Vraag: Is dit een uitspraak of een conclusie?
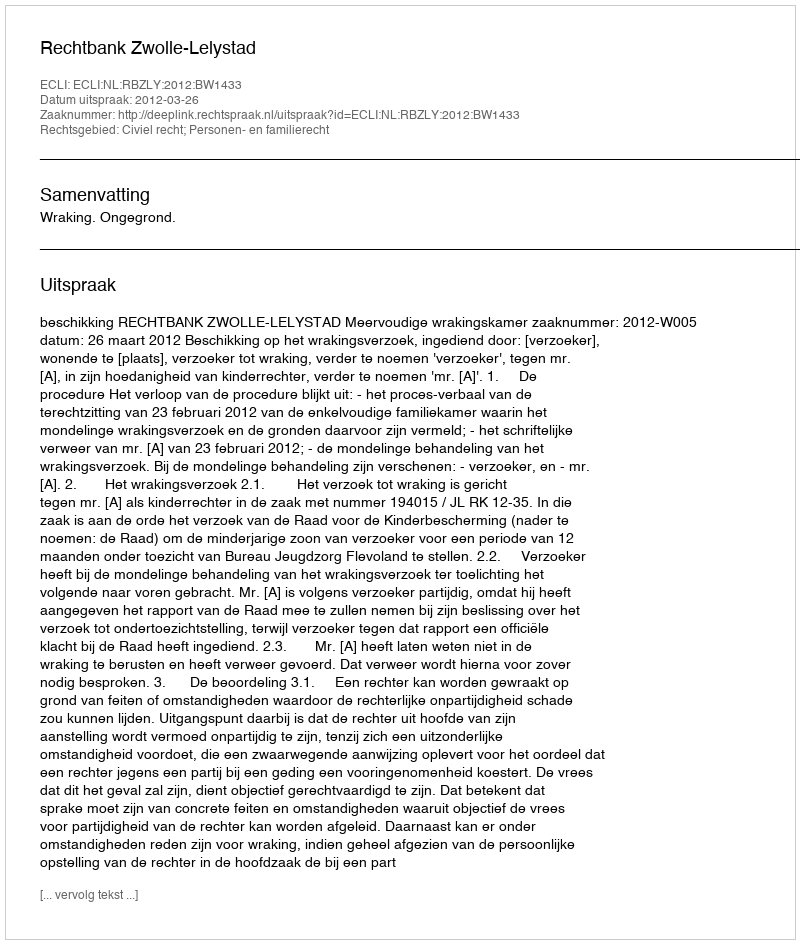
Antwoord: Uitspraak